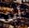
أين